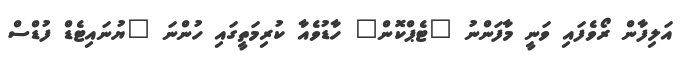
އަލިފާން ރޯވެފައި ވަނީ މާފަންނު "ޓެޕްކޮން" ހާޑުވެއާ ކުރިމަތީގައި ހުންނަ "ޔުނައިޓެޑް ފުޑްސް